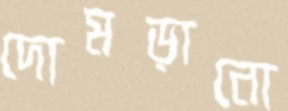
দোমড়ানো